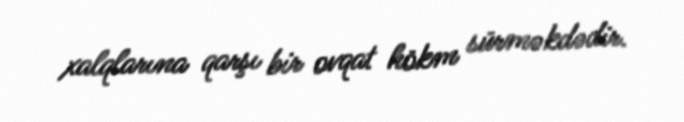
xalqlarına qarşı bir ovqat hökm sürməkdədir.